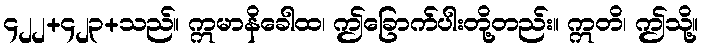
၄၂၂+၄၂၃+သည်။ ဣမာနိခေါထ၊ ဤခြောက်ပါးတို့တည်း။ ဣတိ၊ ဤသို့။